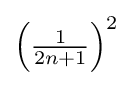
{\textstyle \left({\frac {1}{2n+1}}\right)^{2}}